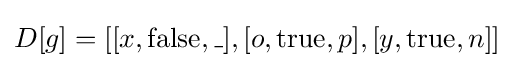
D[g]=[[x,\operatorname {false} ,\_],[o,\operatorname {true} ,p],[y,\operatorname {true} ,n]]